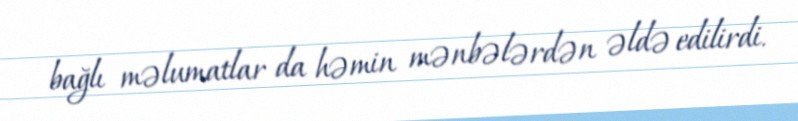
bağlı məlumatlar da həmin mənbələrdən əldə edilirdi.